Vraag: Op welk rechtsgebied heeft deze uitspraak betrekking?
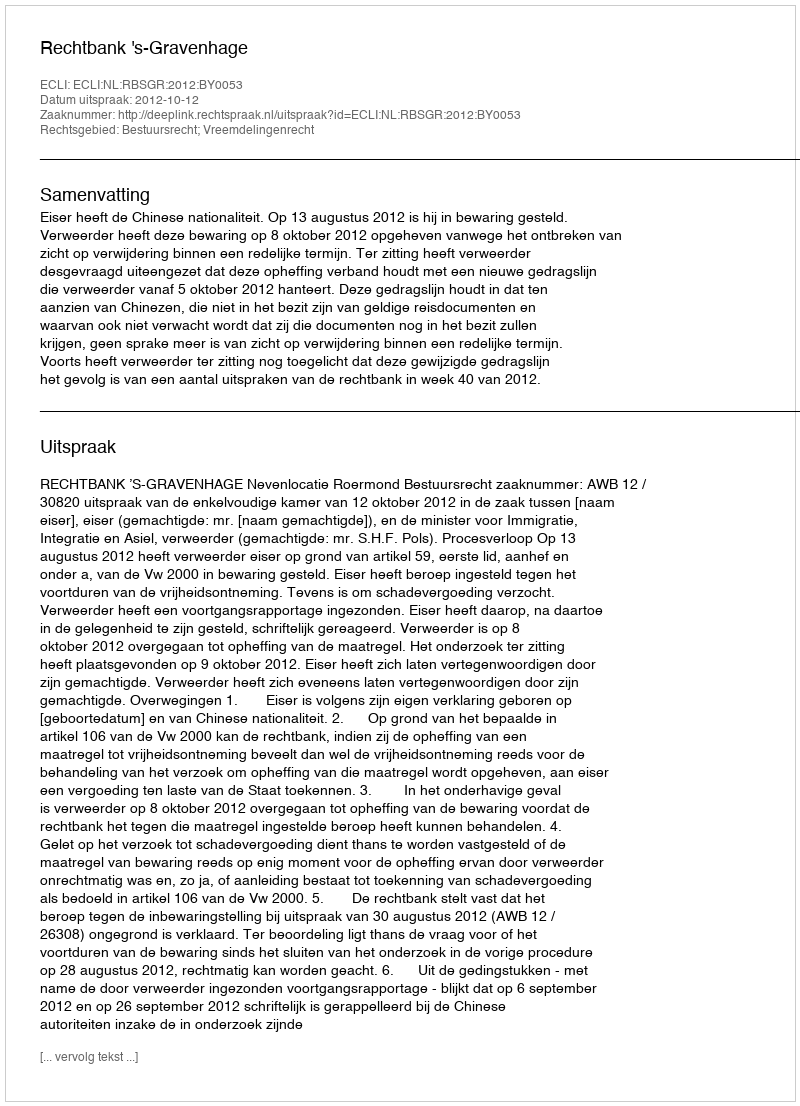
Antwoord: Bestuursrecht; Vreemdelingenrecht